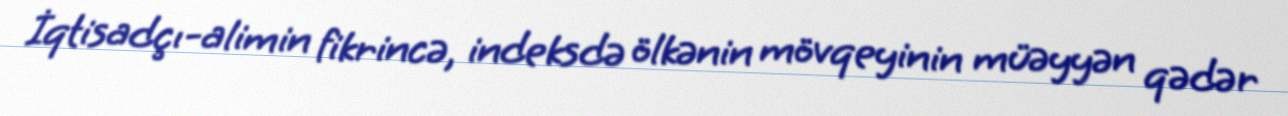
İqtisadçı-alimin fikrincə, indeksdə ölkənin mövqeyinin müəyyən qədər